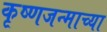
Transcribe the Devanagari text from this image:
कृष्णजन्माच्या